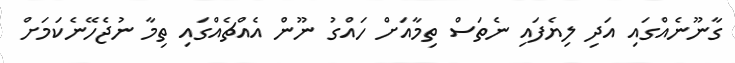
ގާނޫނެއްގައި އަދި ލިޔެފައި ނެތަސް ތިމާއަށް ހައްގު ނޫން އެއްޗެއްގައި ތިމާ ނުޖެހޭނެކަމަށް